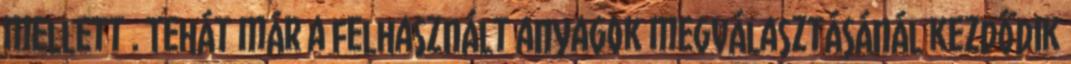
mellett . Tehát már a felhasznált anyagok megválasztásánál kezdődik